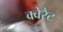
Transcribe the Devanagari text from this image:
क्वेरैट